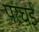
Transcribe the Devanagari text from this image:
परचई